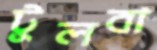
টুলবা